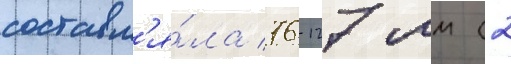
составл'я́ла 76-127 мм (2